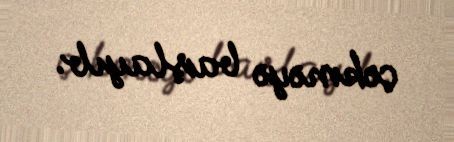
çəkməyə başlayıb.